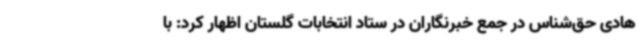
هادی حق‌شناس در جمع خبرنگاران در ستاد انتخابات گلستان اظهار کرد: با